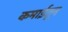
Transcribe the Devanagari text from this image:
कमाईतून